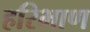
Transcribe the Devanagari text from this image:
हरिभाण